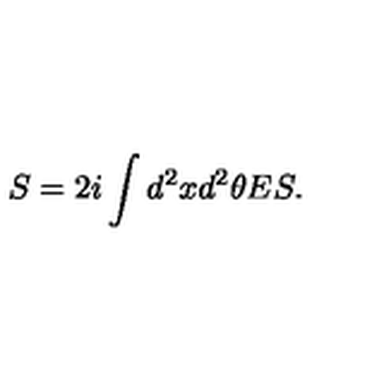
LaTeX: S = 2 i \int d ^ { 2 } x d ^ { 2 } \theta E S .